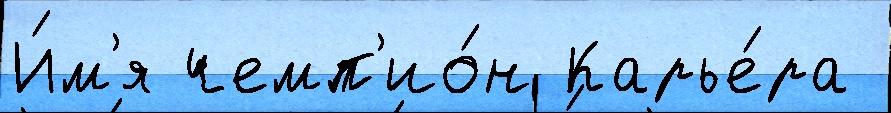
И́м'я чемп'ио́н Карье́ра